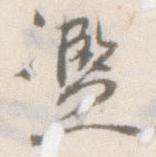
濫